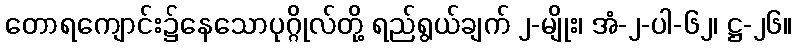
တောရကျောင်း၌နေသောပုဂ္ဂိုလ်တို့ ရည်ရွယ်ချက် ၂-မျိုး၊ အံ-၂-ပါ-၆၂၊ ဋ္ဌ-၂၆။